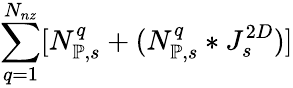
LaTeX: \sum_{q=1}^{N_{nz}}[N_{\mathbb{P},s}^{q}+(N_{\mathbb{P},s}^{q}*J_{s}^{2D})]